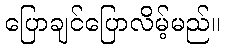
ပြောချင်ပြောလိမ့်မည်။